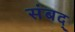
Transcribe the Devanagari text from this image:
संबद्